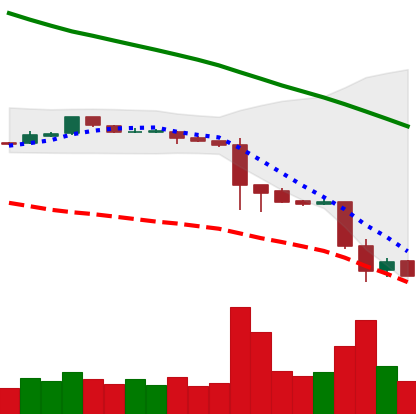
Ticker: ETC-USD
Chart end date: 2018-11-22
Forward return: -15.139%
Label: down_7plus